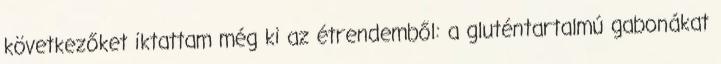
következőket iktattam még ki az étrendemből: a gluténtartalmú gabonákat